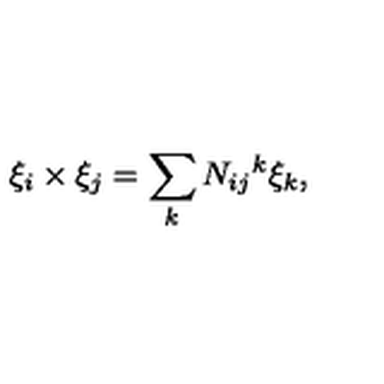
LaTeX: \xi _ { i } \times \xi _ { j } = \sum _ { k } N _ { i j } { } ^ { k } \xi _ { k } ,